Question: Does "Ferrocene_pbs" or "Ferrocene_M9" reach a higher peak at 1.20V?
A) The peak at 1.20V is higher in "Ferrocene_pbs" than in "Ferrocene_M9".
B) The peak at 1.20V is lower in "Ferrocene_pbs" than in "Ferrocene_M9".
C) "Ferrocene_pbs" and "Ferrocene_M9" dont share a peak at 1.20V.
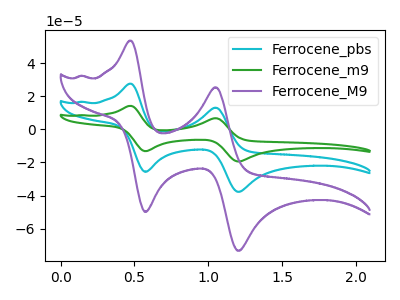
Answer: <think>The cyan curve "Ferrocene_pbs" has anodic peaks at (0.50V, 27.55uA) (1.05V, 13.05uA) and cathodic peaks at (0.60V, -25.65uA) (1.20V, -37.70uA). The green curve "Ferrocene_m9" has anodic peaks at (0.50V, 55.05uA) (1.05V, 26.10uA) and cathodic peaks at (0.60V, -51.30uA) (1.20V, -75.40uA). The purple curve "Ferrocene_M9" has anodic peaks at (0.50V, 53.50uA) (1.05V, 25.35uA) and cathodic peaks at (0.60V, -49.80uA) (1.20V, -73.25uA).</think>
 <answer>B) The peak at 1.20V is lower in "Ferrocene_pbs" than in "Ferrocene_M9".</answer>
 <eval>B</eval>